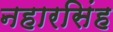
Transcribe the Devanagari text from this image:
नहारसिंह